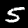
Digit: 5